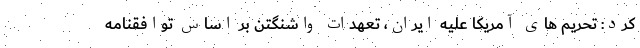
کرد: تحریم های آمریکا علیه ایران، تعهدات واشنگتن بر اساس توافقنامه